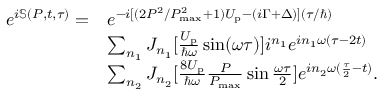
\begin{array} { r l } { e ^ { i \mathbb { S } ( P , t , \tau ) } = } & { e ^ { - i [ ( { 2 P ^ { 2 } } / { P _ { \mathrm { m a x } } ^ { 2 } } + 1 ) U _ { \mathrm { p } } - ( i \Gamma + \Delta ) ] ( { \tau } / { \hbar } ) } } \\ & { \sum _ { n _ { 1 } } J _ { n _ { 1 } } [ \frac { U _ { \mathrm { p } } } { \hbar \omega } \sin ( \omega \tau ) ] i ^ { n _ { 1 } } e ^ { i n _ { 1 } \omega ( \tau - 2 t ) } } \\ & { \sum _ { n _ { 2 } } J _ { n _ { 2 } } [ \frac { 8 U _ { \mathrm { p } } } { \hbar \omega } \frac { P } { P _ { \mathrm { m a x } } } \sin \frac { \omega \tau } { 2 } ] e ^ { i n _ { 2 } \omega ( \frac { \tau } { 2 } - t ) } . } \end{array}